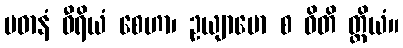
ပဓာနံ ဝီရိယံ စေဟာ၊ ဥယျာမော စ ဓိတိ တ္ထိယံ။